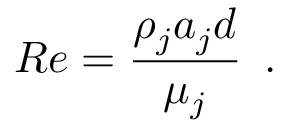
R e = \frac { \rho _ { j } a _ { j } d } { \mu _ { j } } \, \mathrm { ~ . ~ }